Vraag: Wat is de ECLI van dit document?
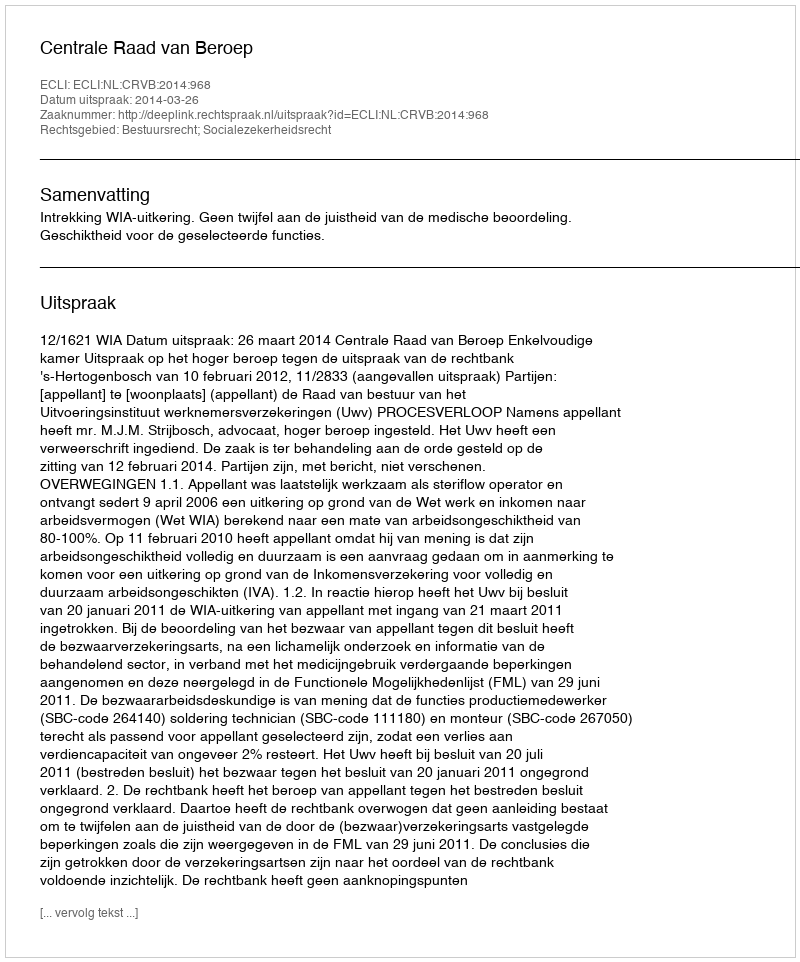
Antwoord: ECLI:NL:CRVB:2014:968